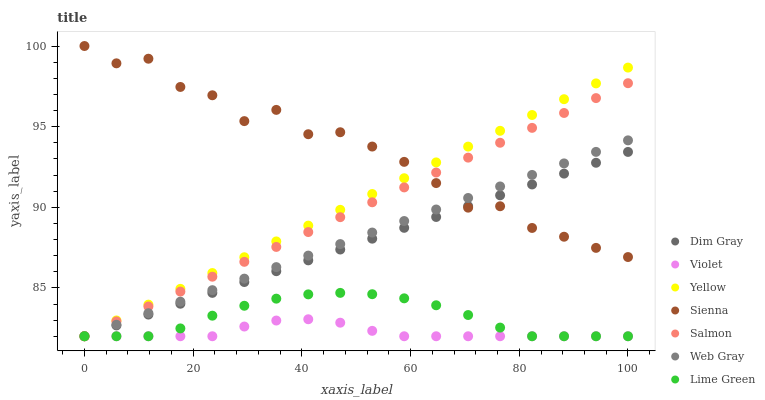
| xaxis_label | Dim Gray | Violet | Yellow | Sienna | Salmon | Web Gray | Lime Green |
 | --- | --- | --- | --- | --- | --- | --- | --- |
 | 0 | 82 | 82 | 82 | 100 | 82 | 82 | 82 |
 | 5.88 | 82.7 | 82 | 83 | 98.9 | 82.9 | 82.7 | 82 |
 | 11.8 | 83.3 | 82 | 84 | 99.2 | 83.8 | 83.4 | 82 |
 | 17.6 | 84 | 82 | 84.9 | 97.5 | 84.8 | 84.1 | 82.5 |
 | 23.5 | 84.7 | 82 | 85.9 | 96.9 | 85.7 | 84.9 | 83.3 |
 | 29.4 | 85.4 | 82.6 | 86.9 | 95.3 | 86.6 | 85.6 | 83.9 |
 | 35.3 | 86 | 83 | 87.9 | 96 | 87.5 | 86.3 | 84.3 |
 | 41.2 | 86.7 | 83.1 | 88.9 | 94.5 | 88.5 | 87 | 84.6 |
 | 47.1 | 87.4 | 82.8 | 89.8 | 94.7 | 89.4 | 87.7 | 84.7 |
 | 52.9 | 88.1 | 82.3 | 90.8 | 93.8 | 90.3 | 88.4 | 84.6 |
 | 58.8 | 88.7 | 82 | 91.8 | 92.8 | 91.2 | 89.1 | 84.4 |
 | 64.7 | 89.4 | 82 | 92.8 | 91.5 | 92.2 | 89.9 | 83.9 |
 | 70.6 | 90.1 | 82 | 93.8 | 90 | 93.1 | 90.6 | 83.3 |
 | 76.5 | 90.7 | 82 | 94.7 | 90.1 | 94 | 91.3 | 82.5 |
 | 82.4 | 91.4 | 82 | 95.7 | 88.7 | 94.9 | 92 | 82 |
 | 88.2 | 92.1 | 82 | 96.7 | 88.2 | 95.8 | 92.7 | 82 |
 | 94.1 | 92.8 | 82 | 97.7 | 87.5 | 96.8 | 93.4 | 82 |
 | 100 | 93.4 | 82 | 98.7 | 86.9 | 97.7 | 94.1 | 82 |